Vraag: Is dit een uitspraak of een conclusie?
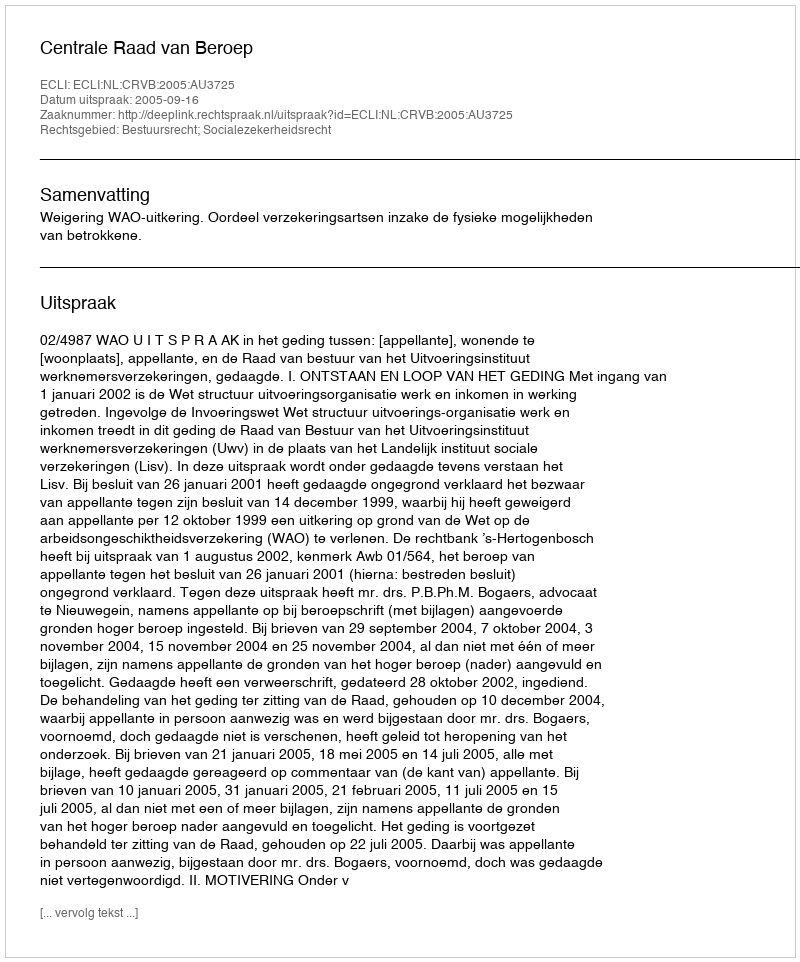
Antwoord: Uitspraak